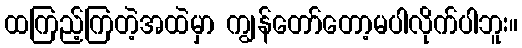
ထကြည့်ကြတဲ့အထဲမှာ ကျွန်တော်တော့မပါလိုက်ပါဘူး။